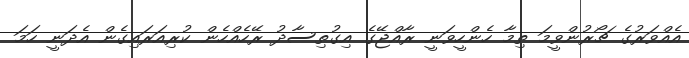
އެއްވަރުގެ ޗޯރުންވީމަ ތިމާ ހެންހީވަނީ ރާއްޖޭގެ އިގުތިސާދު ރޭހެއްހެން ކުރިއަރައިގެން އެދަނީ ހަމަ